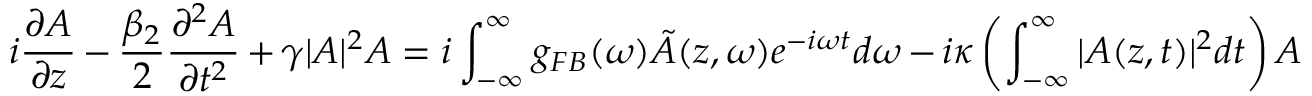
i \frac { \partial A } { \partial z } - \frac { \beta _ { 2 } } { 2 } \frac { \partial ^ { 2 } A } { \partial t ^ { 2 } } + \gamma | A | ^ { 2 } A = i \int _ { - \infty } ^ { \infty } g _ { F B } ( \omega ) \tilde { A } ( z , \omega ) e ^ { - i \omega t } d \omega - i \kappa \left( \int _ { - \infty } ^ { \infty } { | A ( z , t ) | ^ { 2 } d t } \right) A